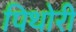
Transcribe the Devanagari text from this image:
पिथोरी